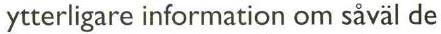
ytterligare information om såväl de